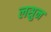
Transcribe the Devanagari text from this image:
लसुन